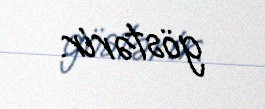
göstərir.